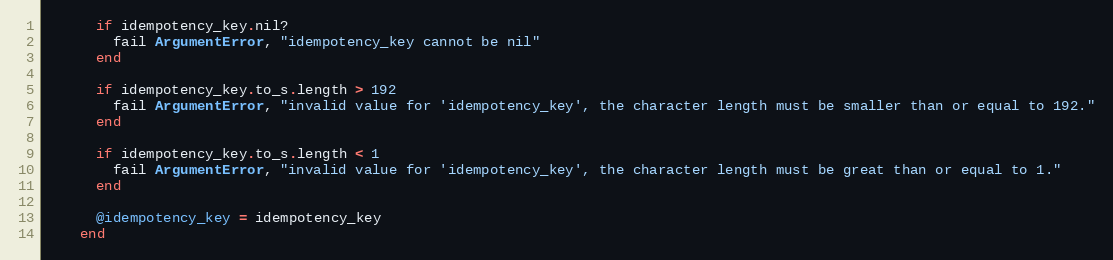
Language: Ruby
      if idempotency_key.nil?
        fail ArgumentError, "idempotency_key cannot be nil"
      end

      if idempotency_key.to_s.length > 192
        fail ArgumentError, "invalid value for 'idempotency_key', the character length must be smaller than or equal to 192."
      end

      if idempotency_key.to_s.length < 1
        fail ArgumentError, "invalid value for 'idempotency_key', the character length must be great than or equal to 1."
      end

      @idempotency_key = idempotency_key
    end